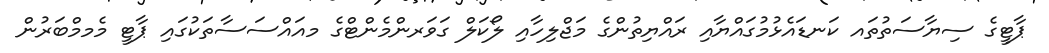
ޕާޓީގެ ސިޔާސަތުތައ ކަނޑައެޅުމުގައްޔާއި ރައްޔިތުންގެ މަޖްލިހާއި ލޯކަލް ގަވަރންމެންޓްގެ މއައްސަސާތަކުގައި ޕާޓީ މެމމްބަރުން